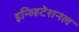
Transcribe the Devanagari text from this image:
इन्व्हिटेशनल